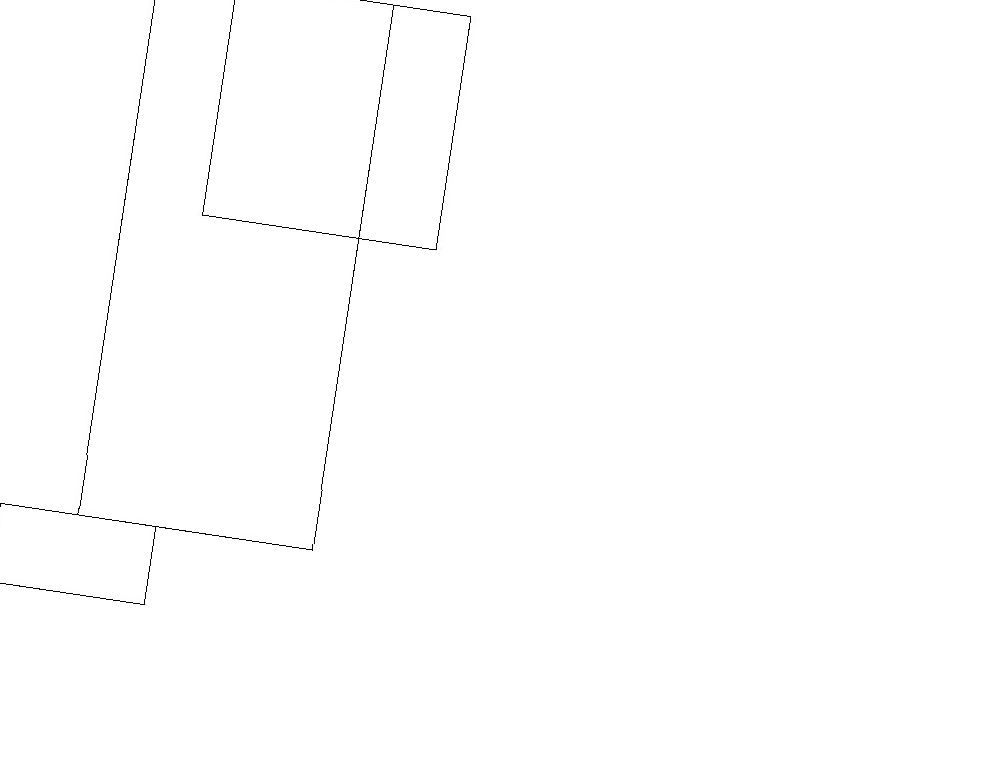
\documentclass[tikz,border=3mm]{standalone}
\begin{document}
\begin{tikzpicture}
\draw (4,19) rectangle (1,12);
\draw (2,12) rectangle (0,11);
\draw (10,11) circle (0);
\draw (12,10) circle (0);
\draw (2,16) rectangle (5,19);
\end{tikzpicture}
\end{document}